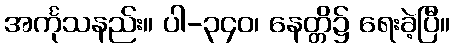
အင်္ကုသနည်း။ ပါ-၃၄၀၊ နေတ္တိ၌ ရေးခဲ့ပြီ။